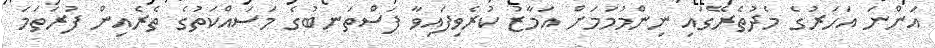
އަންނަ އަހަރުގެ މެދުތެރޭގައި ނިންމުމަމަށް އަމާޒު ކުރެވިފައިވާ ފަސްތަނބުގެ މަސައްކަތުގެ ތެރެއިން ފުރަތަމަ